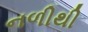
નળીથી